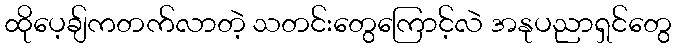
ထိုပေ့ချ်ကတက်လာတဲ့ သတင်းတွေကြောင့်လဲ အနုပညာရှင်တွေ